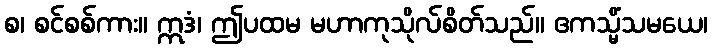
စ၊ စင်စစ်ကား။ ဣဒံ၊ ဤပထမ မဟာကုသိုလ်စိတ်သည်။ ဧကသ္မိံသမယေ၊